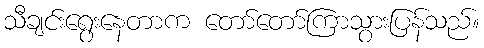
သီချင်းရွေးနေတာက တော်တော်ကြာသွားပြန်သည်။